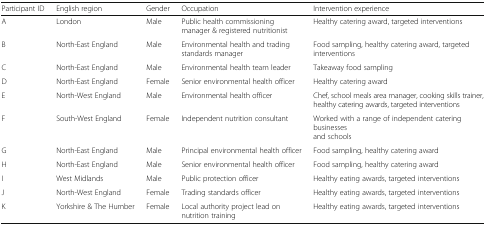
| Participant ID | English region | Gender | Occupation | Intervention experience |
 | --- | --- | --- | --- | --- |
 | A | London | Male | Public health commissioning manager & registered nutritionist | Healthy catering award, targeted interventions |
 | B | North-East England | Male | Environmental health and trading standards manager | Food sampling, healthy catering award, targeted interventions |
 | C | North-East England | Male | Environmental health team leader | Takeaway food sampling |
 | D | North-East England | Female | Senior environmental health officer | Healthy catering award |
 | E | North-West England | Male | Environmental health officer | Chef, school meals area manager, cooking skills trainer, healthy catering awards, targeted interventions |
 | F | South-West England | Female | Independent nutrition consultant | Worked with a range of independent catering businesses and schools |
 | G | North-East England | Male | Principal environmental health officer | Food sampling, healthy catering award |
 | H | North-East England | Male | Senior environmental health officer | Food sampling, healthy catering award |
 | I | West Midlands | Male | Public protection officer | Healthy eating awards, targeted interventions |
 | J | North-West England | Female | Trading standards officer | Healthy eating awards, targeted interventions |
 | K | Yorkshire & The Humber | Female | Local authority project lead on nutrition training | Healthy eating awards, targeted interventions |